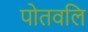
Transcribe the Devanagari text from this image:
पोतवलि